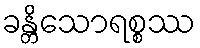
ခန္တိသောရစ္စဿ